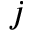
\l _ { j }